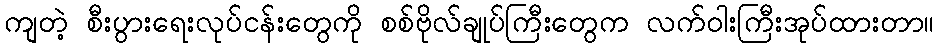
ကျတဲ့ စီးပွားရေးလုပ်ငန်းတွေကို စစ်ဗိုလ်ချုပ်ကြီးတွေက လက်ဝါးကြီးအုပ်ထားတာ။